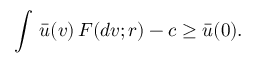
\int \, \bar { u } ( v ) \, F ( d v ; r ) - c \geq \bar { u } ( 0 ) .